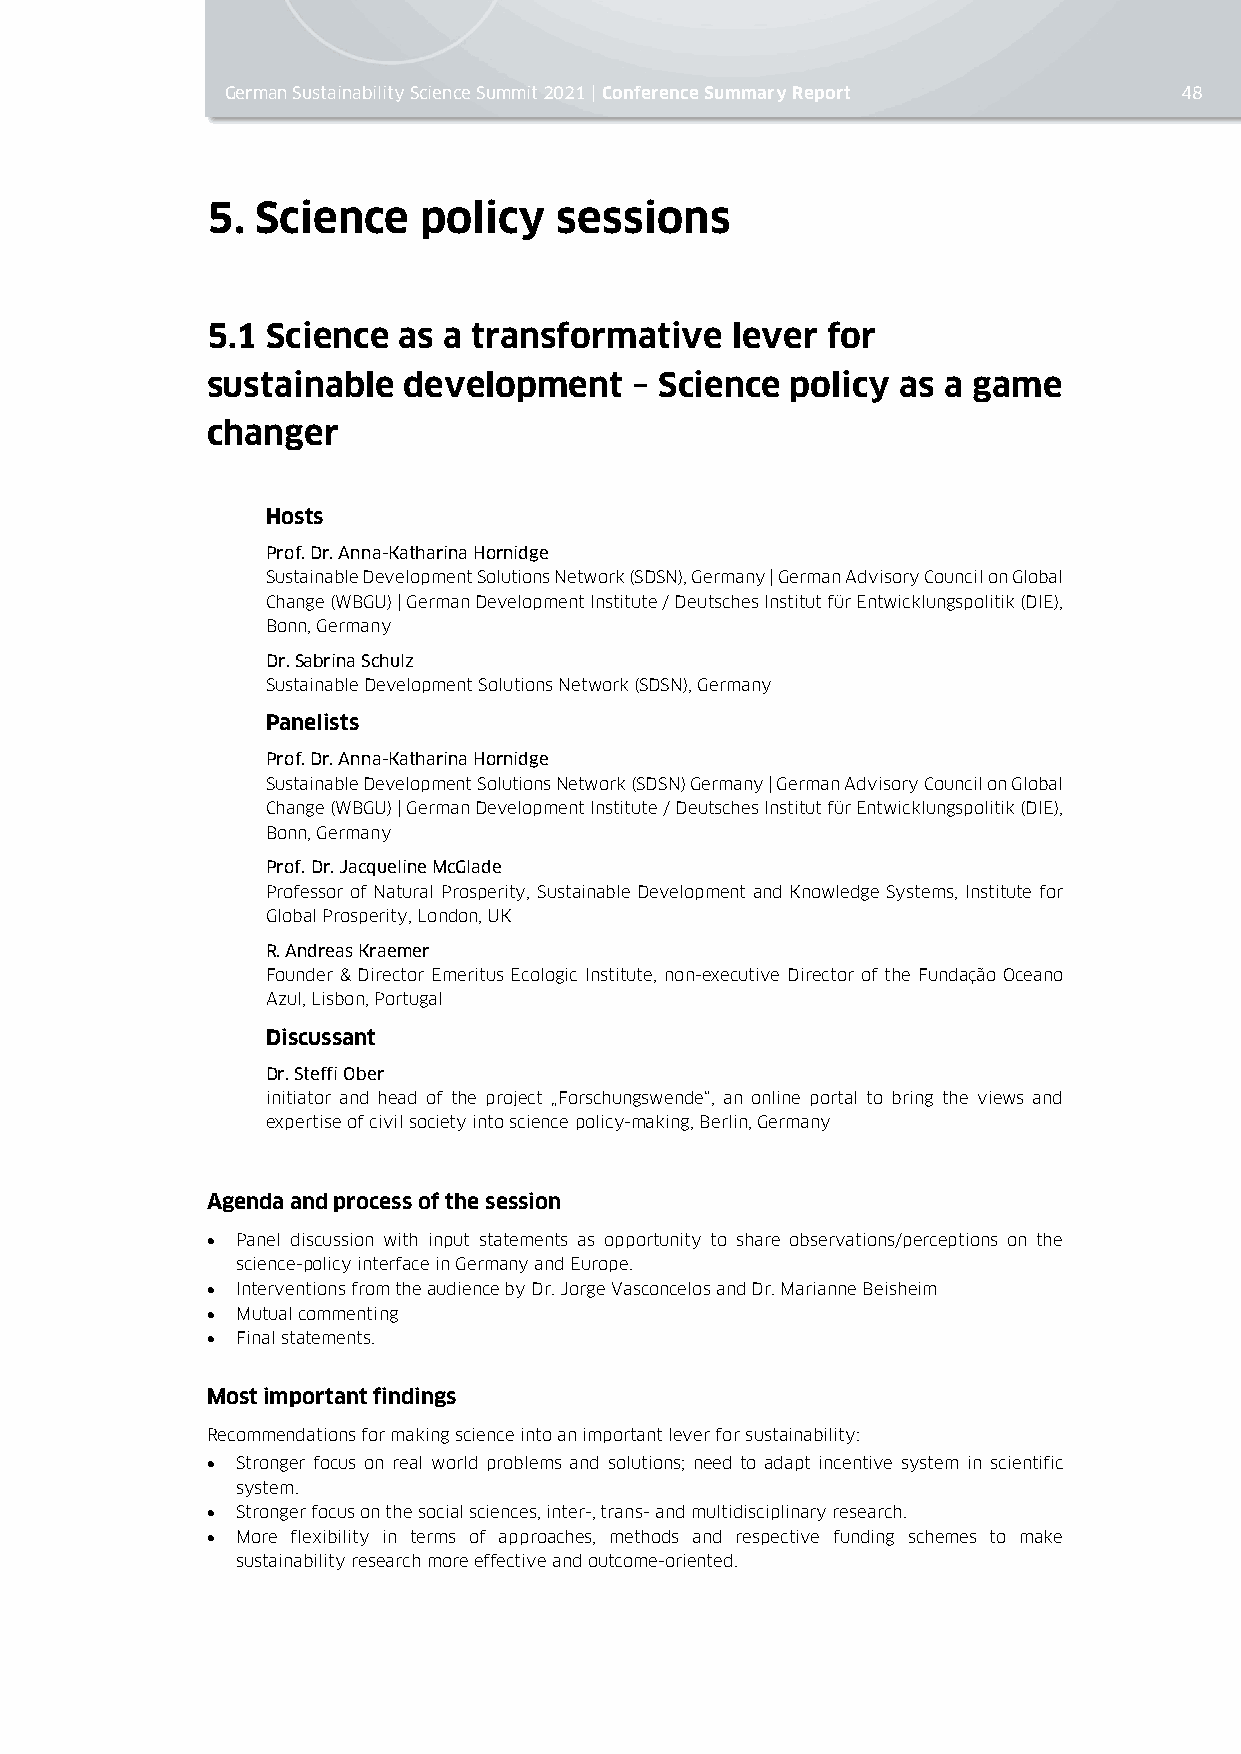
German Sustainability Science Summit 2021 | Conference Summary Report 48
 5. Science    policy   sessions
 5.1 Science as a transformative   lever  for
 sustainable  development    – Science policy  as a game
 changer
 Hosts
 Prof. Dr. Anna-Katharina Hornidge
 Sustainable Development Solutions Network (SDSN), Germany | German Advisory Council on Global
 Change (WBGU) | German Development Institute / Deutsches Institut für Entwicklungspolitik (DIE),
 Bonn, Germany
 Dr. Sabrina Schulz
 Sustainable Development Solutions Network (SDSN), Germany
 Panelists
 Prof. Dr. Anna-Katharina Hornidge
 Sustainable Development Solutions Network (SDSN) Germany | German Advisory Council on Global
 Change (WBGU) | German Development Institute / Deutsches Institut für Entwicklungspolitik (DIE),
 Bonn, Germany
 Prof. Dr. Jacqueline McGlade
 Professor of Natural Prosperity, Sustainable Development and Knowledge Systems, Institute for
 Global Prosperity, London, UK
 R. Andreas Kraemer
 Founder & Director Emeritus Ecologic Institute, non-executive Director of the Fundação Oceano
 Azul, Lisbon, Portugal
 Discussant
 Dr. Steffi Ober
 initiator and head of the project „Forschungswende“, an online portal to bring the views and
 expertise of civil society into science policy-making, Berlin, Germany
 Agenda and process of the session
 • Panel discussion with input statements as opportunity to share observations/perceptions on the
 science-policy interface in Germany and Europe.
 • Interventions from the audience by Dr. Jorge Vasconcelos and Dr. Marianne Beisheim
 • Mutual commenting
 • Final statements.
 Most important findings
 Recommendations for making science into an important lever for sustainability:
 • Stronger focus on real world problems and solutions; need to adapt incentive system in scientific
 system.
 • Stronger focus on the social sciences, inter-, trans- and multidisciplinary research.
 • More flexibility in terms of approaches, methods and respective funding schemes to make
 sustainability research more effective and outcome-oriented.